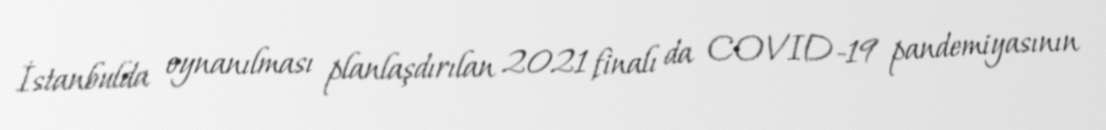
İstanbulda oynanılması planlaşdırılan 2021 finalı da COVID-19 pandemiyasının